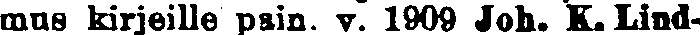
mus kirjeille pain. v. 1909 Joh. K. Lind-